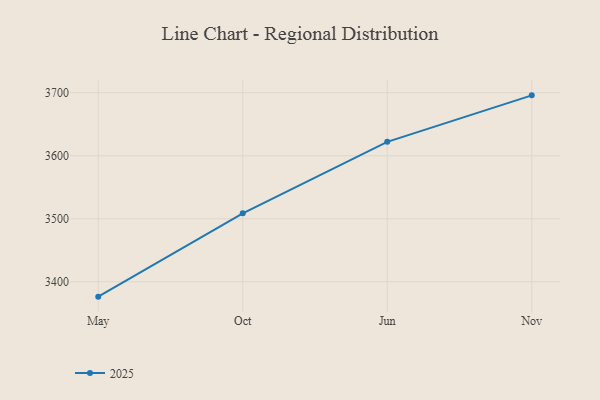
{"axis": {"x": "Month", "y": "Energy Usage (MWh)"}, "legend": ["2025"], "data": [{"x": "May", "y": 3376.4, "type": "2025"}, {"x": "Oct", "y": 3508.6, "type": "2025"}, {"x": "Jun", "y": 3622.0, "type": "2025"}, {"x": "Nov", "y": 3695.8, "type": "2025"}]}